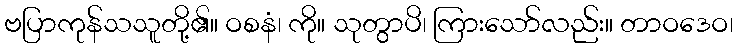
ဗပြာကုန်သသူတို့၏။ ဝစနံ၊ ကို။ သုတွာပိ၊ ကြားသော်လည်း။ တာဝဒေဝ၊